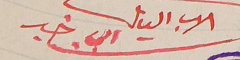
الاب الياس ابي خير